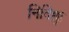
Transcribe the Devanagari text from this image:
निदिक्कु